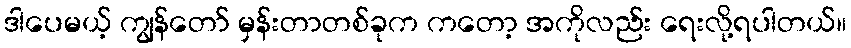
ဒါပေမယ့် ကျွန်တော် မှန်းတာတစ်ခုက ကတော့ အကိုလည်း ရေးလို့ရပါတယ်။